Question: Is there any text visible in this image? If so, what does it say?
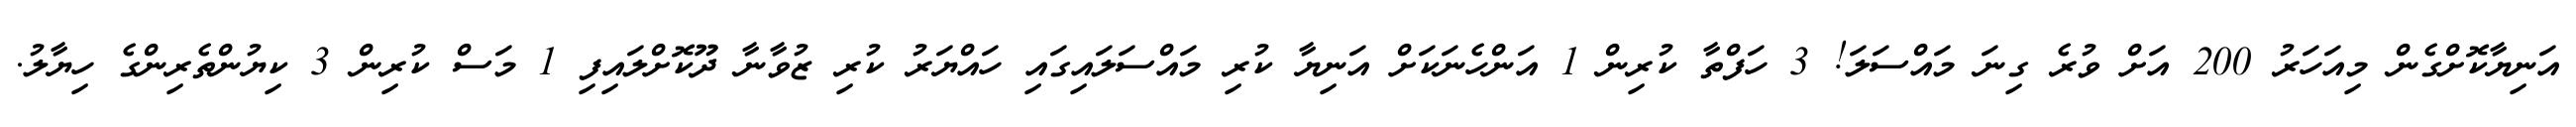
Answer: އަނިޔާކޮށްގެން މިއަހަރު 200 އަށް ވުރެ ގިނަ މައްސަލަ! 3 ހަފްތާ ކުރިން 1 އަންހެނަކަށް އަނިޔާ ކުރި މައްސަލައިގައި ހައްޔަރު ކުރި ޒުވާނާ ދޫކޮށްލައިފި 1 މަސް ކުރިން 3 ކިޔުންތެރިންގެ ހިޔާލު.